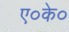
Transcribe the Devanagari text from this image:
ए०के०